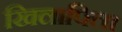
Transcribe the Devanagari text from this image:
खिलापिला